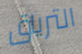
الترياق